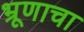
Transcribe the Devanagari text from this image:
भ्रूणाचा